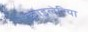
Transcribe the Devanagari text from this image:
फ़ाइलेरिया